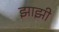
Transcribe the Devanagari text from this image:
झाझी